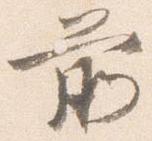
前